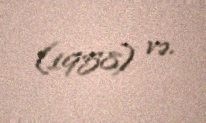
(1958) və.